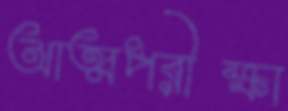
আত্মপরীক্ষা